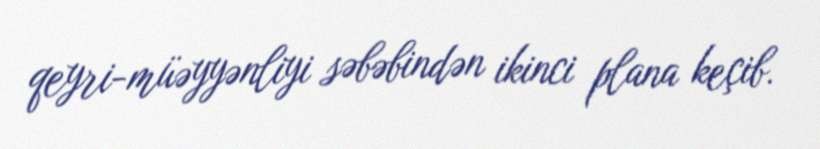
qeyri-müəyyənliyi səbəbindən ikinci plana keçib.